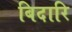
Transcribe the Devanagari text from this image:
बिदारि